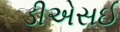
ડીએસઈ